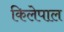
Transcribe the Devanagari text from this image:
किलेपाल